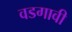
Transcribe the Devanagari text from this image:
वडगावी